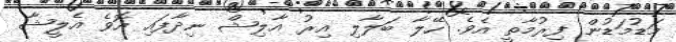
މަޑުމަޑުން ފިރުމާތީ އެވެ. ހޭލާ ބަލާލި އިރު އާލިޝް ނިދާފައި އޮވެ އެލީޝާ